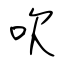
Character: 吹